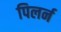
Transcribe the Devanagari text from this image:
पिलर्न